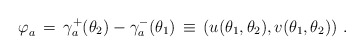
\begin{align*}\varphi_a^{} \,=\, \gamma^+_a(\theta_2) - \gamma^-_a(\theta_1) \,\equiv\,\left(u(\theta_1,\theta_2), v(\theta_1,\theta_2)\right)\,.\end{align*}